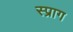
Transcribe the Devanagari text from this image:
स्प्राग